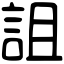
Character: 詛